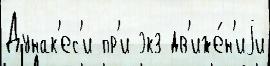
Дунак'ес'и пр'и экз дв'иже́н'иjи